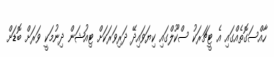
ހާއްސަގޮތެއްގައި އެ ޓީޗަރަކު ސްކޫލްގައި ކިޔަވައިދޭ ދަރިވަރަކަށް ޓިއުޝަން ދިނުމަކީ ވަރަށް ބޮޑަށް